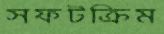
সফটক্রিম